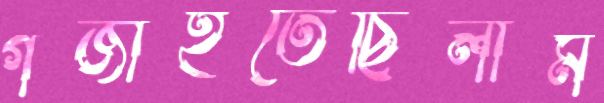
গজাইতেছিলাম